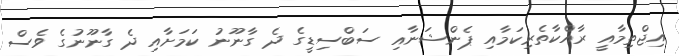
އިޖްތިމާއީ ރާއްކާތެރިކަމާއި ޕެންޝަނާއި ސަބްސިޑީގެ ދެ ގާނޫނު ކަމަށާއި ދެ ގާނޫނުގެ ވެސް